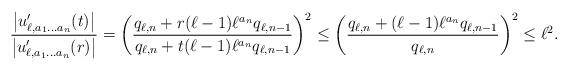
LaTeX: \begin{align*}\frac{\left| u'_{\ell,a_1 \ldots a_n}(t) \right|}{\left| u'_{\ell,a_1 \ldots a_n}(r) \right|} =\left( \frac{q_{\ell,n}+r(\ell-1)\ell^{a_n}q_{\ell,n-1}}{q_{\ell,n}+t(\ell-1)\ell^{a_n}q_{\ell,n-1}} \right)^2 \leq\left( \frac{q_{\ell,n}+(\ell-1)\ell^{a_n}q_{\ell,n-1}}{q_{\ell,n}} \right)^2 \leq \ell^2.\end{align*}